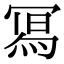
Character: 𭂁